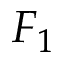
F _ { 1 }